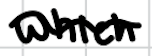
Text: which
Cross-out: wave
Writing tool: digital_black